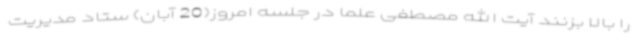
را بالا بزنند آیت الله مصطفی علما در جلسه امروز(20 آبان) ستاد مدیریت